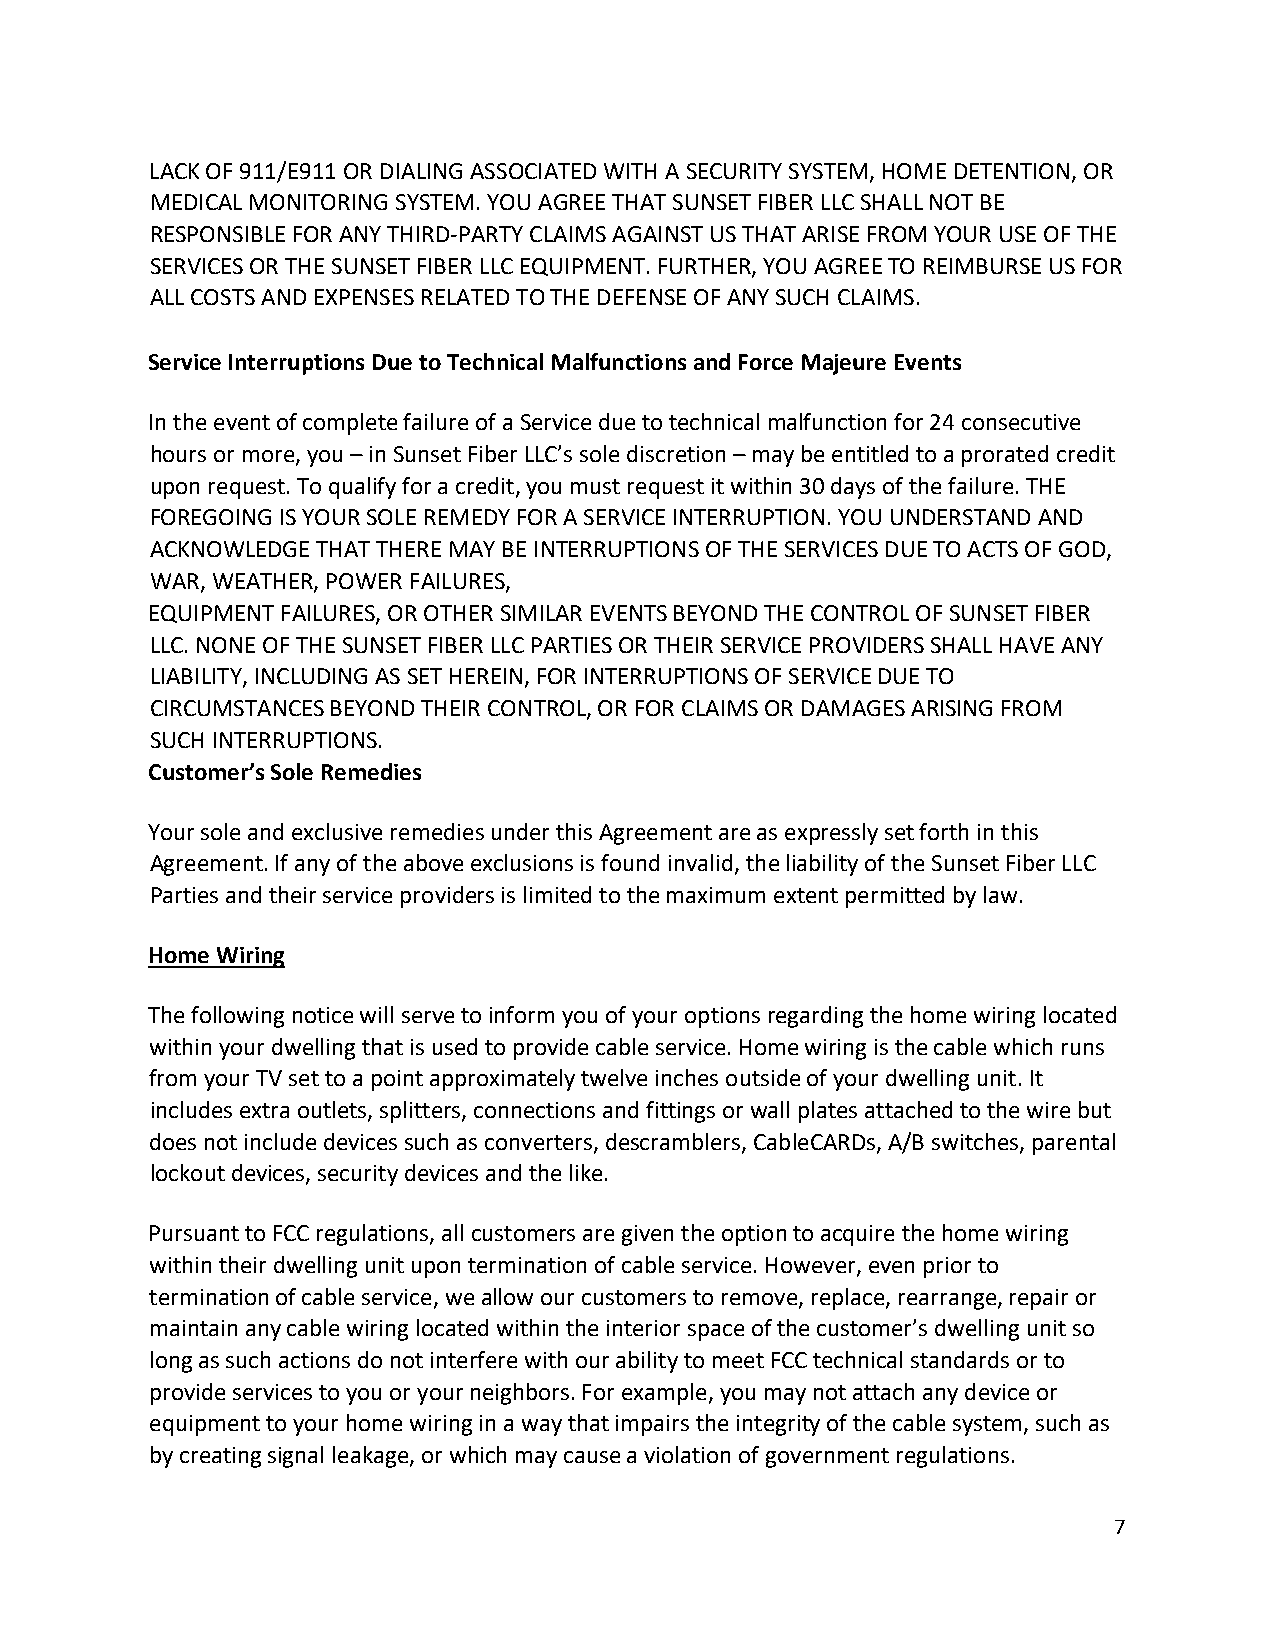
LACK OF 911/E911 OR DIALING ASSOCIATED WITH A SECURITY SYSTEM, HOME DETENTION, OR
 MEDICAL MONITORING SYSTEM. YOU AGREE THAT SUNSET FIBER LLC SHALL NOT BE
 RESPONSIBLE FOR ANY THIRD‐PARTY CLAIMS AGAINST US THAT ARISE FROM YOUR USE OF THE
 SERVICES OR THE SUNSET FIBER LLC EQUIPMENT. FURTHER, YOU AGREE TO REIMBURSE US FOR
 ALL COSTS AND EXPENSES RELATED TO THE DEFENSE OF ANY SUCH CLAIMS.
 Service Interruptions Due to Technical Malfunctions and Force Majeure Events
 In the event of complete failure of a Service due to technical malfunction for 24 consecutive
 hours or more, you – in Sunset Fiber LLC’s sole discretion – may be entitled to a prorated credit
 upon request. To qualify for a credit, you must request it within 30 days of the failure. THE
 FOREGOING IS YOUR SOLE REMEDY FOR A SERVICE INTERRUPTION. YOU UNDERSTAND AND
 ACKNOWLEDGE THAT THERE MAY BE INTERRUPTIONS OF THE SERVICES DUE TO ACTS OF GOD,
 WAR, WEATHER, POWER FAILURES,
 EQUIPMENT FAILURES, OR OTHER SIMILAR EVENTS BEYOND THE CONTROL OF SUNSET FIBER
 LLC. NONE OF THE SUNSET FIBER LLC PARTIES OR THEIR SERVICE PROVIDERS SHALL HAVE ANY
 LIABILITY, INCLUDING AS SET HEREIN, FOR INTERRUPTIONS OF SERVICE DUE TO
 CIRCUMSTANCES BEYOND THEIR CONTROL, OR FOR CLAIMS OR DAMAGES ARISING FROM
 SUCH INTERRUPTIONS.
 Customer’s Sole Remedies
 Your sole and exclusive remedies under this Agreement are as expressly set forth in this
 Agreement. If any of the above exclusions is found invalid, the liability of the Sunset Fiber LLC
 Parties and their service providers is limited to the maximum extent permitted by law.
 Home Wiring
 The following notice will serve to inform you of your options regarding the home wiring located
 within your dwelling that is used to provide cable service. Home wiring is the cable which runs
 from your TV set to a point approximately twelve inches outside of your dwelling unit. It
 includes extra outlets, splitters, connections and fittings or wall plates attached to the wire but
 does not include devices such as converters, descramblers, CableCARDs, A/B switches, parental
 lockout devices, security devices and the like.
 Pursuant to FCC regulations, all customers are given the option to acquire the home wiring
 within their dwelling unit upon termination of cable service. However, even prior to
 termination of cable service, we allow our customers to remove, replace, rearrange, repair or
 maintain any cable wiring located within the interior space of the customer’s dwelling unit so
 long as such actions do not interfere with our ability to meet FCC technical standards or to
 provide services to you or your neighbors. For example, you may not attach any device or
 equipment to your home wiring in a way that impairs the integrity of the cable system, such as
 by creating signal leakage, or which may cause a violation of government regulations.
 7